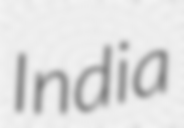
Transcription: India